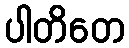
ပါတိတေ